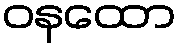
ဝနထော